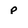
Character: p